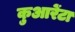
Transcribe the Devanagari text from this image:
कुआरेंटा